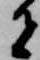
者